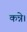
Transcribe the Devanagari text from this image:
कन्ने।